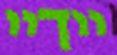
יידיי